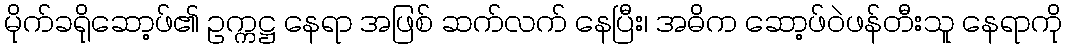
မိုက်ခရိုဆော့ဖ်၏ ဥက္ကဋ္ဌ နေရာ အဖြစ် ဆက်လက် နေပြီး၊ အဓိက ဆော့ဖ်ဝဲဖန်တီးသူ နေရာကို